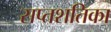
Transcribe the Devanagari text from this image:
सप्तशतिका